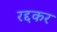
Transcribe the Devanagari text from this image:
रद्दकर